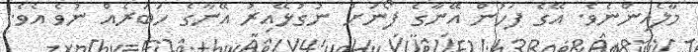
މާލެއިންނެވެ. އޭގެ ފަހުން އޭނާގެ ފޯނަށް ނުގުޅޭއިރު އޭނާގެ ހަބަރެއް ނުވެ އެވެ.